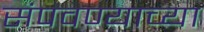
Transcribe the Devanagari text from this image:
संपवण्याच्या